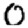
Digit: 0